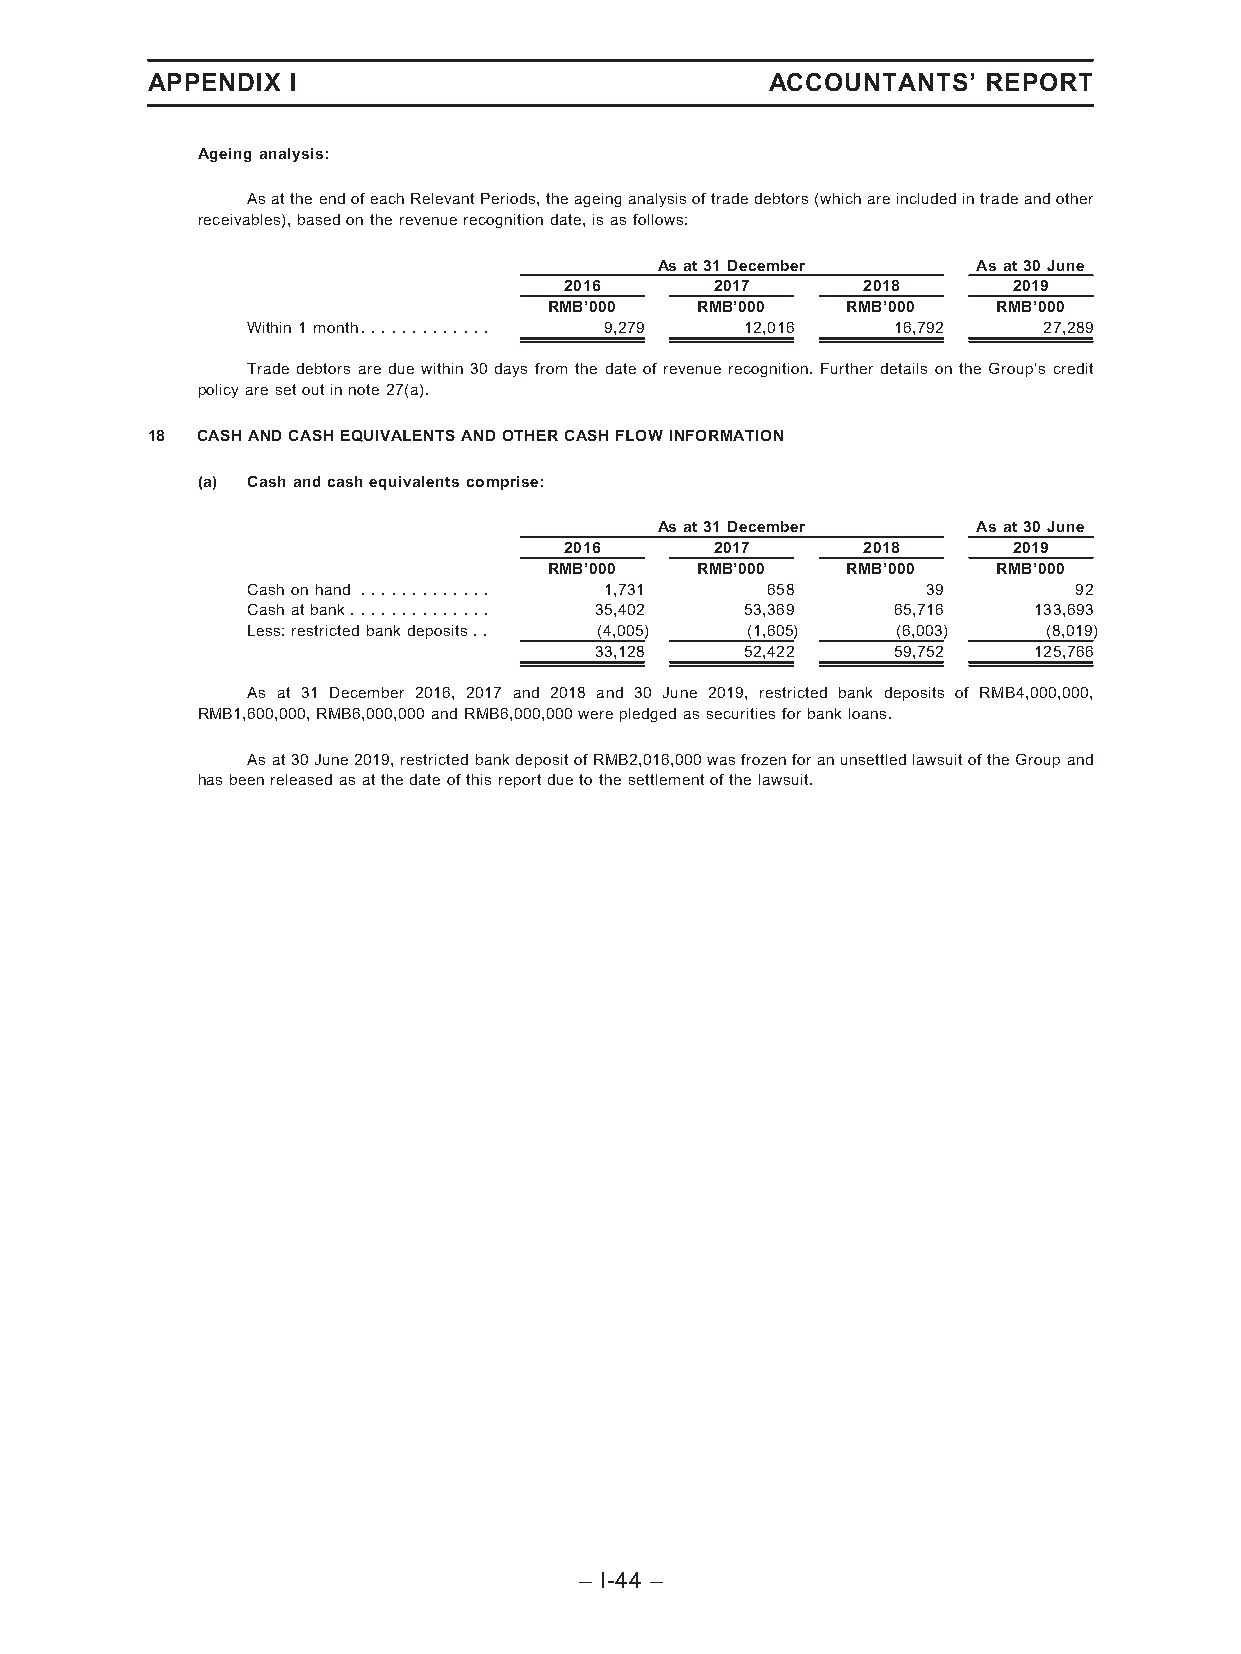
APPENDIX I                               ACCOUNTANTS’  REPORT
 Ageinganalysis:
 AsattheendofeachRelevantPeriods,theageinganalysisoftradedebtors(whichareincludedintradeandother
 receivables),basedontherevenuerecognitiondate,isasfollows:
 Asat31December       Asat30June
 2016      2017      2018      2019
 RMB’000   RMB’000   RMB’000   RMB’000
 Within1month............. 9,279  12,016    16,792    27,289
 Trade debtors are due within 30 days from the date of revenue recognition. Further details on the Group’s credit
 policyaresetoutinnote27(a).
 18 CASHANDCASHEQUIVALENTSANDOTHERCASHFLOWINFORMATION
 (a) Cashandcashequivalentscomprise:
 Asat31December       Asat30June
 2016      2017      2018      2019
 RMB’000   RMB’000   RMB’000   RMB’000
 Cashonhand ............. 1,731     658       39        92
 Cashatbank.............. 35,402  53,369    65,716   133,693
 Less:restrictedbankdeposits.. (4,005) (1,605) (6,003) (8,019)
 33,128    52,422    59,752   125,766
 As at 31 December 2016, 2017 and 2018 and 30 June 2019, restricted bank deposits of RMB4,000,000,
 RMB1,600,000,RMB6,000,000andRMB6,000,000werepledgedassecuritiesforbankloans.
 Asat30June2019,restrictedbankdepositofRMB2,016,000wasfrozenforanunsettledlawsuitoftheGroupand
 hasbeenreleasedasatthedateofthisreportduetothesettlementofthelawsuit.
 – I-44 –